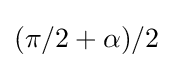
{\textstyle (\pi /2+\alpha )/2}